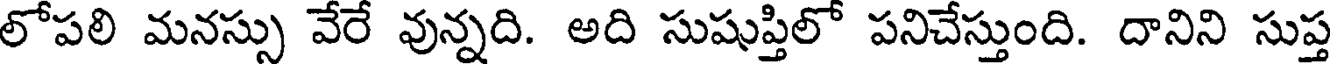
లోపలి మనస్సు వేరే వున్నది. అది సుషుప్తిలో పనిచేస్తుంది. దానిని సుప్త